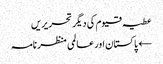
عطیہ قیوم کی دیگر تحریریں
← پاکستان اور عالمی منظر نامہ